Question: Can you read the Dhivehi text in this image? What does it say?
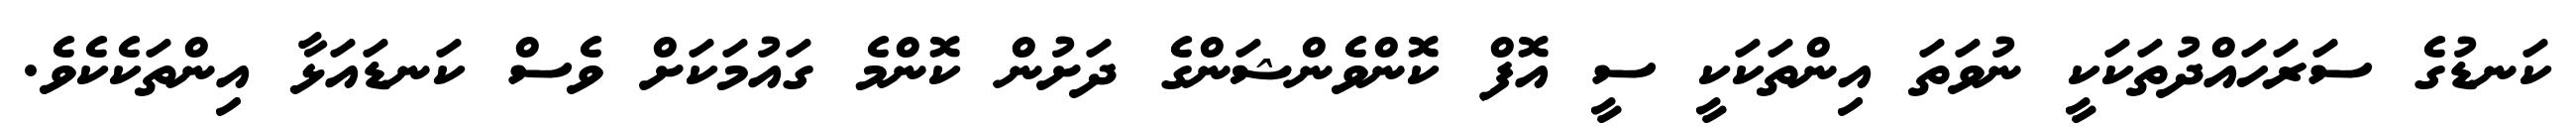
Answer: ކަނޑުގެ ސަރަހައްދުތަކަކީ ނުވަތަ އިންތަކަކީ ސީ އޮފް ކޮންވެންޝަންގެ ދަށުން ކޮންމެ ގައުމަކަށް ވެސް ކަނޑައަޅާ އިންތަކެކެވެ.